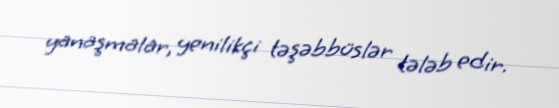
yanaşmalar, yenilikçi təşəbbüslər tələb edir.